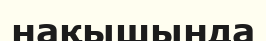
нақышында